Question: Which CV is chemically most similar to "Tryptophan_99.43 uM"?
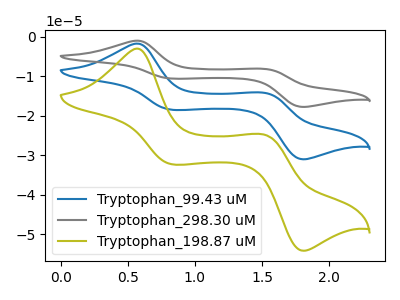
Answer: <think>The blue curve "Tryptophan_99.43 uM" has anodic peaks at (0.55V, -1.70uA) (1.50V, -14.20uA) and cathodic peaks at (0.85V, -18.45uA) (1.80V, -31.00uA). The gray curve "Tryptophan_298.30 uM" has anodic peaks at (0.55V, -3.40uA) (1.50V, -28.40uA) and cathodic peaks at (0.85V, -36.95uA) (1.80V, -61.95uA). The olive curve "Tryptophan_198.87 uM" has anodic peaks at (0.55V, -3.00uA) (1.50V, -24.80uA) and cathodic peaks at (0.85V, -32.25uA) (1.80V, -54.10uA).
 All the peaks in "Tryptophan_99.43 uM" have a peak in "Tryptophan_298.30 uM" at the same potential. All the peaks in "Tryptophan_99.43 uM" have a peak in "Tryptophan_198.87 uM" at the same potential. All the peaks in "Tryptophan_298.30 uM" have a peak in "Tryptophan_198.87 uM" at the same potential.</think>
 <answer>"Tryptophan_99.43 uM" and "Tryptophan_298.30 uM" have a similar shape to "Tryptophan_198.87 uM".</answer>
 <eval>"Tryptophan_99.43 uM" "Tryptophan_298.30 uM"</eval>